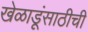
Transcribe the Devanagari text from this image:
खेळाडूंसाठीची